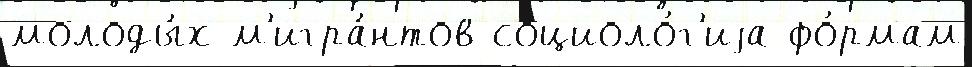
молоды́х м'игра́нтов социоло́г'иjа фо́рмам